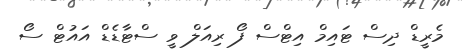
މެރީޑް ދިސް ޓައިމް އިޓްސް ފޯ ރިއަލް ވީ ސްޓާޑެޑް އައުޓް ސޯ